Civil Veterinary Dept. Bombay admin report 1893-99 - 1893-1899
Year: 1893
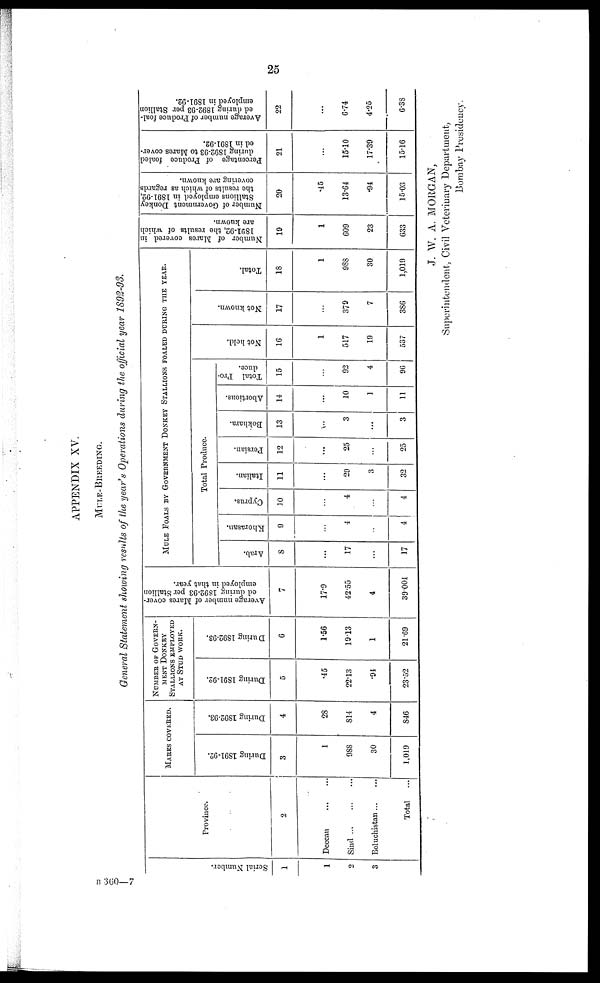
25
APPENDIX XV
MULE-BREEDING.
General Statement showing results of the year's Operations during the official year 1892-93.
Serial Numbe r
.
1
1
2
3
Province.
2
Deccan
...
...
Sind...
...
...
Beluchistan...
...
Total
...
MARES COVERED.
During 1891-92.
3
1
988
30
1,019
During 1892-93.
4
28
814
4
846
NUMBER OF GOVERN-
---- DONKEY
STALLIONS EMPLOYED
AT STUD WORK.
During 1891-92.
5
.45
22.13
.94
23.52
During 1892-93.
6
1.56
1913
1
21.69
Average number of Mares cover-
ed during 1892-93 per Stallion
employed
in that year.
7
17.9
42.55
4
39.001
MULE FOALS BY GOVERNMENT DONKEY STALLIONS FOALED DURING THE YEAR.
Total Produce.
Arab.
8
...
17
...
17
Khorasan.
9
...
4
...
4
Cyprus.
10
...
4
...
4
Italian.
11
...
29
3
32
Persian.
12
...
25
...
25
Bokhara.
13
...
3
...
3
Abortions.
14
...
10
1
11
Total Pro-
duce.
15
...
92
4
96
Not hel d.
16
1
517
19
537
Not known.
17
...
379
7
386
Tot al .
18
1
988
30
1,019
Number of Mares covered in
1891-92,
the results of which
are known.
19
1
609
23
633
Number of Government Donkey
Stallions employed in 1891-92,
the results of which as regards
covering are known.
20
.45
13.64
.94
15.03
Percentage of Produce foaled
during 1892-93
to Mares cover-
ed in 1891-92.
21
...
15.10
17.39
15.16
Average number of Produce foal-
ed during 1892-93 per Stallion
employed in 1891-92.
22
...
6.74
4.25
6.38
J. W. A. MORGAN,
Superintendent, Civil Veterinary Department,
Bombay Presidency.
B 360—7